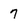
Character: 7